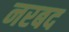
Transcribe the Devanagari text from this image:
नरबद